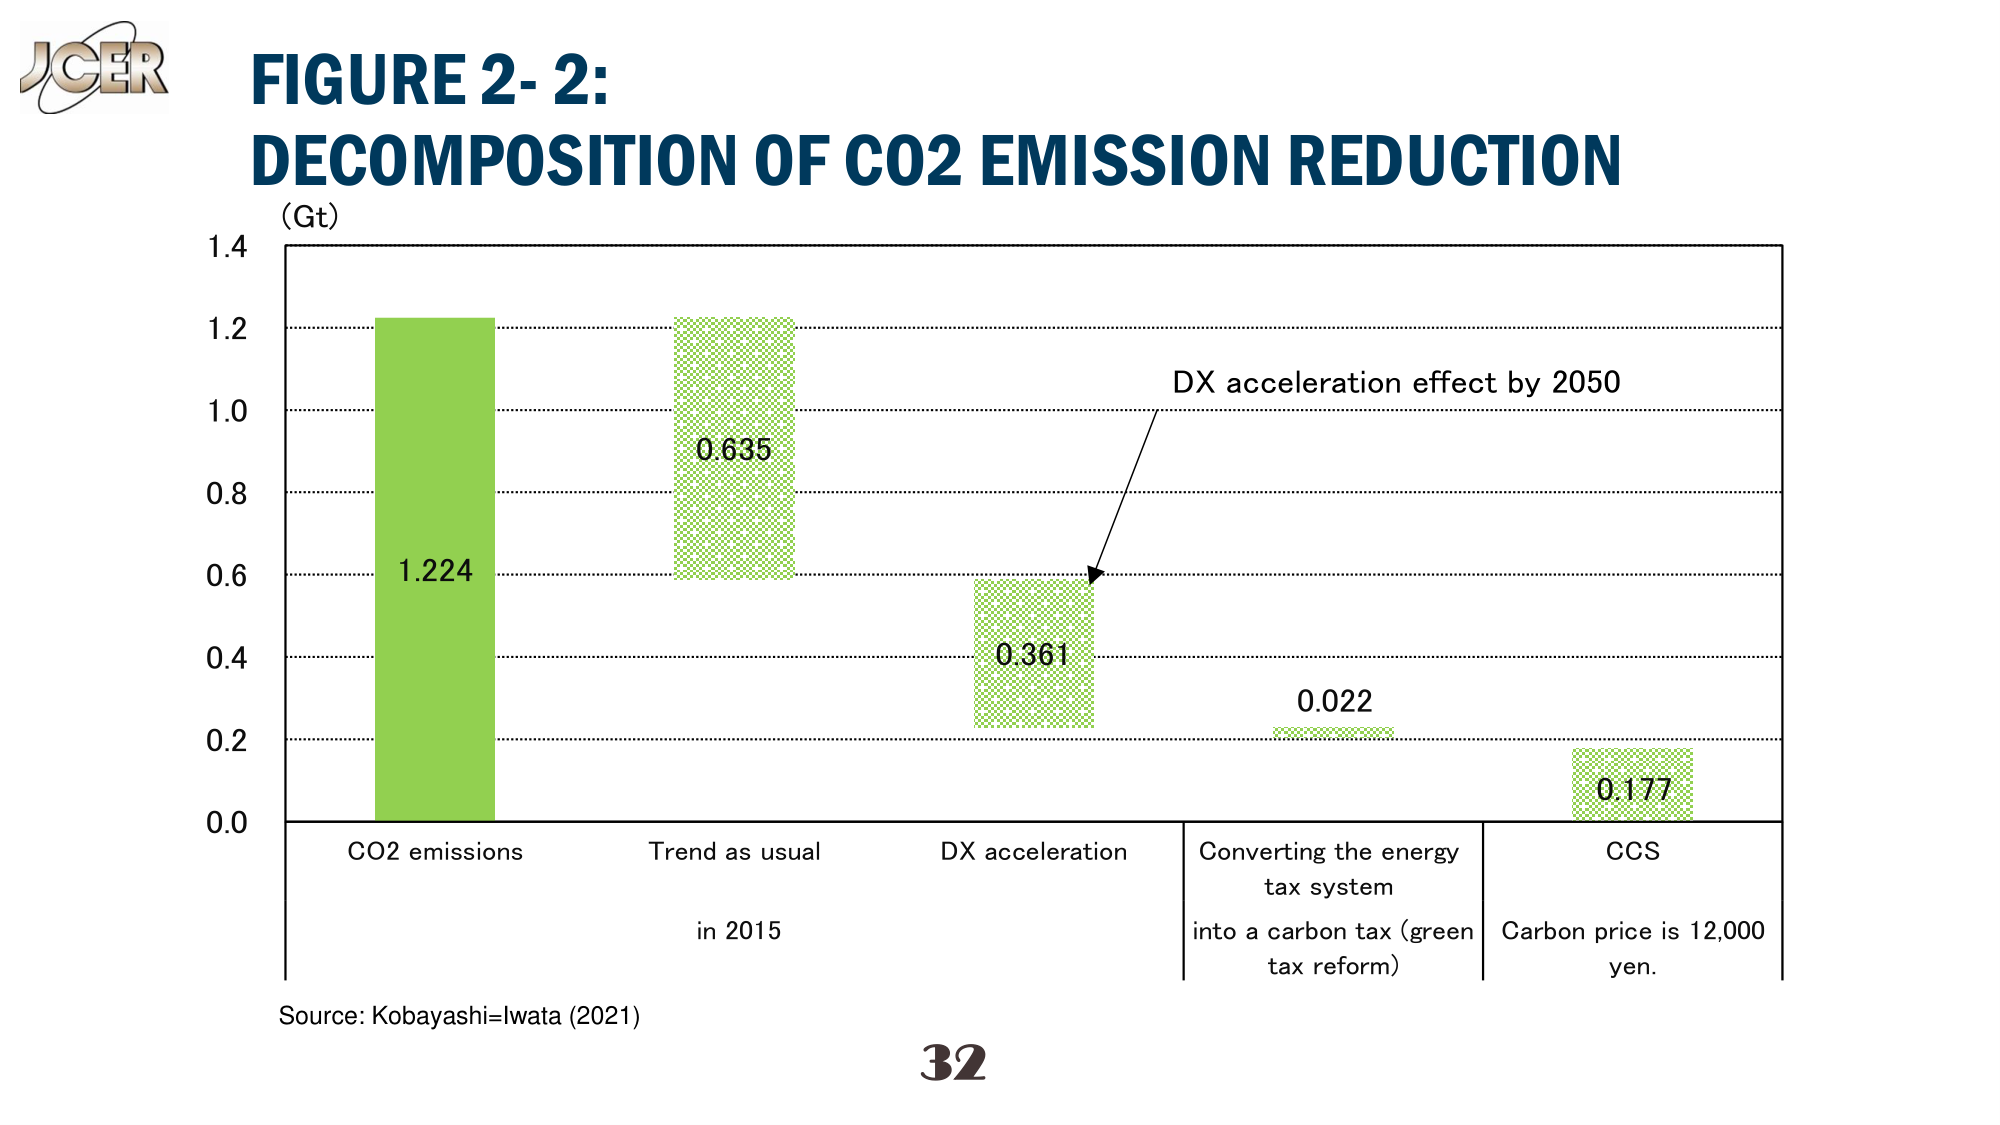
JGER
FIGURE 2-2:
DECOMPOSITION OF CO2 EMISSION REDUCTION
(Gt)
1.4
1.2
1.0
0.8
0.6
0.4
0.2
0.0
1.224
0.635
0.361
0.022
0.177
CO2 emissions
Trend as usual
in 2015
DX acceleration
Converting the energy
tax system
into a carbon tax (green
tax reform)
CCS
Carbon price is 12,000
yen.
DX acceleration effect by 2050
Source: Kobayashi-Iwata (2021)
32